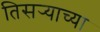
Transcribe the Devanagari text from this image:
तिसर्‍याच्या